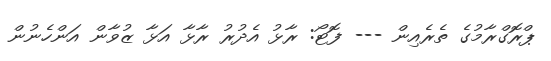
ޕްރޮގްރާމުގެ ތެރެއިން --- ފޮޓޯ: ރާޅު އެދުރު ރާޅާ އަޅާ ޒުވާން އަންހެނުން